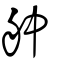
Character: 舯